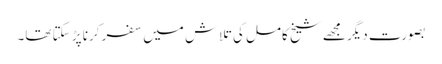
بصورت دیگر مجھے شیخ کامل کی تلاش میں سفر کرنا پڑ سکتا تھا۔